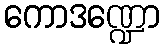
ကောဒဏ္ဍော